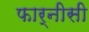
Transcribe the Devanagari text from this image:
फार्नीसी